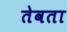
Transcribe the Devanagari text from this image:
तेवता